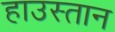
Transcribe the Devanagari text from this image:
हाउस्तान